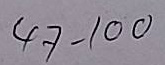
47 - 100